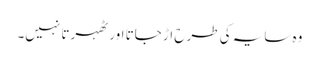
وہ سایہ کی طرح اڑ جاتا اور ٹھہرتا نہیں۔